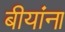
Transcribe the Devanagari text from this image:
बीयांना